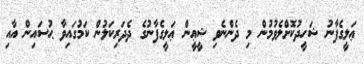
ޢަލީގެފާނު ޝަހީދުކޮށްލެވުމުން މި ދެންނެވި ޝީޢީން ޢަލީގެފާނުގެ ދެދަރިކަލުން ކަމުގައިވާ ޙުސައިން އާއި